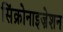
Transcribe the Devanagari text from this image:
सिंक्रोनाइज़ेशन